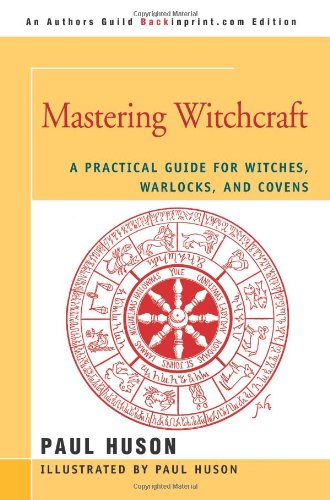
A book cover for Mastering Witchcraft: A Practical Guide for Witches, Warlocks, and Covens; Paul Huson; Religion & Spirituality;